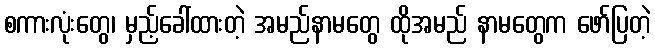
စကားလုံးတွေ၊ မှည့်ခေါ်ထားတဲ့ အမည်နာမတွေ ထိုအမည် နာမတွေက ဖော်ပြတဲ့